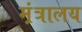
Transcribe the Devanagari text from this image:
म़ंत्रालय